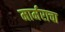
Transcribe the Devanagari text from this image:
मार्मराचा